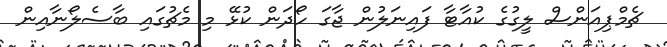
ޗެމްޕިއަންސް ލީގުގެ ކުއާޓާ ފައިނަލުން ޖާގަ ހޯދަން ކުޅޭ މި މެޗުގައި ބާސެލޯނާއިން